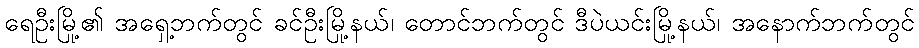
ရေဦးမြို့၏ အရှေ့ဘက်တွင် ခင်ဦးမြို့နယ်၊ တောင်ဘက်တွင် ဒီပဲယင်းမြို့နယ်၊ အနောက်ဘက်တွင်